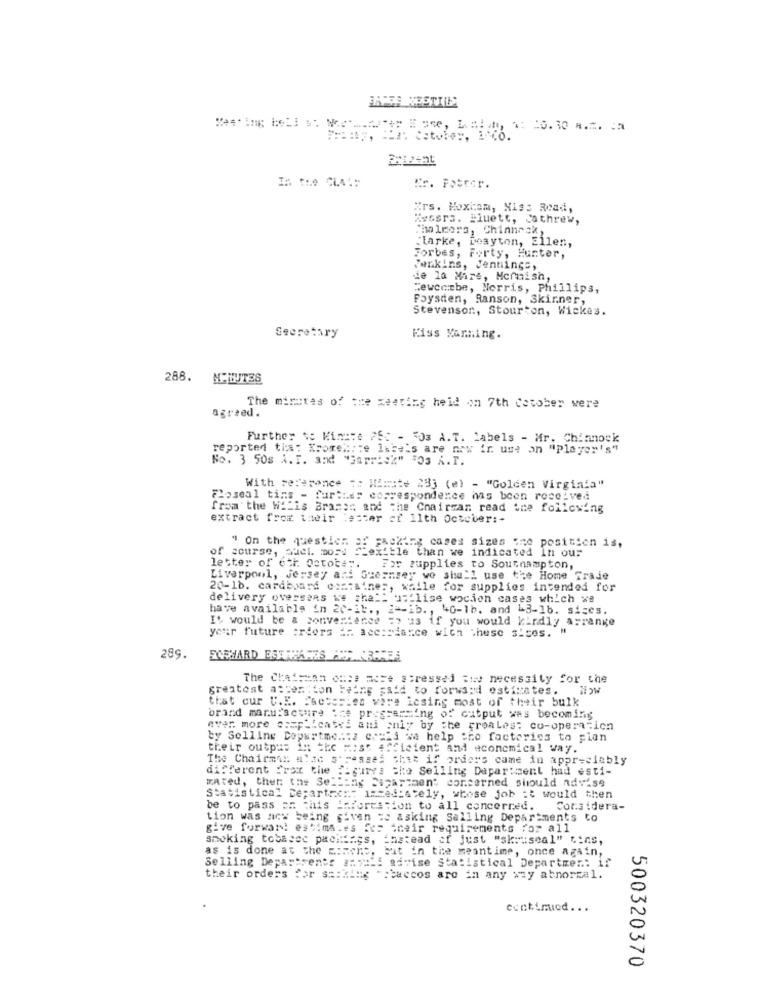
HAPSE NESTIILS
==== y, Sia: Catoboy, LeCo.
Kr. Fpercr.
Mrs. Moxtam, His: Read,
Xessrs. "luett, Cathrew,
Chalmers, Chinnrak,
Clarke,
jeayton, Ellen,
Forbes, Forty, Hunter,
Jenkins, Jennings,
de la Mire, Mornish,
Fewccrbe, Norris, Phillips,
Paysden, Ranson, Skinner,
Stevenson, Stourton, Wickes.
Secretary
Kiss Xarning.
288.
MINUTES
agreed.
The minutes of the meeting held on 7th Cotober were
Further to Minste 260 - 703 A.T. Labels - Mr. Chianock
reported tis: Xsorely:e lite's are now ir. use on "Player's"
No. 3 50s A.I. and "Barrick" =23 &.I.
With reference To Himat# 233 (e) - "Golden Virginia"
Foseal tins - Purtres correspondence inns boon resolved
from the Wilis Braser and the Chairman read the following
extract from their letter of 11th October :-
of course, Quel. more
" On the question of packing cases sizes one position is,
:le than we indicated In our
letter of 6th Ostote".
For supplies to Southampton,
Liverpool, jersey ani Guernsey wo shall use the Home Traje
20-1b. cardboard com:wines, while for supplies intended for
delivery overseas we shall ut lise wocion cases which we
have available in 20-1b ., 2"-ib ., 40-1b. and -3-1b. sices.
It would be & convenience => us if you would kindly arrange
your future :riers Ar. accordance with these sites. "
289.
The Chairman onse mere stressed the necessity for the
greatest aster ion being said to forward estimates. Now
that our U.K. Factories vare icsing most of their bulk
brand manufacwire the programming of output was becoming
aver. more complicated ani only by the proales: co-operation
by Selling Dopartme .:: 2 ccsis we help the factories to pian
their output in the most efficient And economical way.
The Chairman alad stressed That if orders came in appreciably
different Prox the Figures the Selling Department had esti-
mated, thet: the Selling Sapartment concerned should advise
statistical Departex ::: 1
IMMediately, whose job it would then
be to pass on this Information to all concerred.
Considera-
tion was ncw being given => asking Selling Departments to
give forwar! es "ima.es fer their requirements for all
smoking tobasec packings, instead of just "sk ::: seal" Cins,
as is done at the moment, but in the meantime, once again,
Selling Departrents ##7:2: advise statistical Departmen .: if
their orders for s :: zing
: -: taccos are in any way abnormal.
cuntimiod ...
500320370